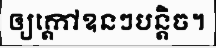
ឲ្យក្តៅឧនៗបន្តិច។